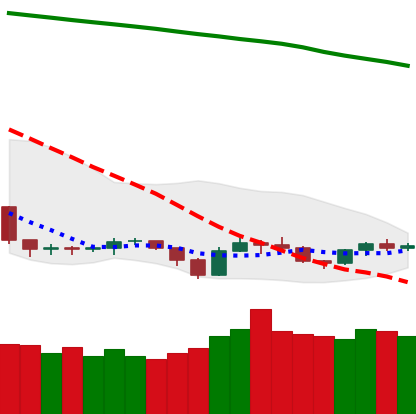
Ticker: TRX-USD
Chart end date: 2019-09-16
Forward return: 16.17%
Label: up_7plus